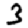
Digit: 3